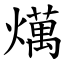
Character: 燤